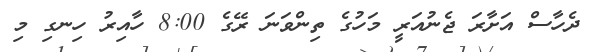
ދެހާސް އަށާރަ ޖެނުއަރީ މަހުގެ ތިންވަނަ ރޭގެ 8:00 ހާއިރު ހިނގި މި